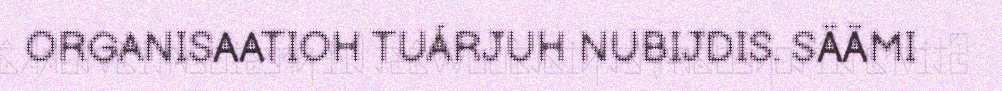
ORGANISAATIOH TUÁRJUH NUBIJDIS. SÄÄMI